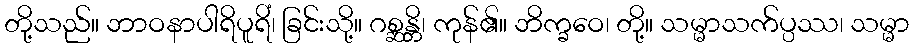
တို့သည်။ ဘာဝနာပါရိပူရိံ၊ ခြင်းသို့။ ဂစ္ဆန္တိ၊ ကုန်၏။ ဘိက္ခဝေ၊ တို့။ သမ္မာသက်ပ္ပဿ၊ သမ္မာ